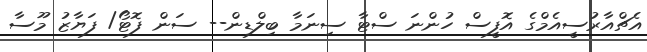
އެޗްއާރުސީއެމްގެ އޮފީސް ހުންނަ ސްޓާ ސިނަމާ ބިލްޑިން-- ސަން ފޮޓޯ/ ފަޔާޒު މޫސާ